Vaccination in Bombay 1913-1923 - 1913-1923
Year: 1913
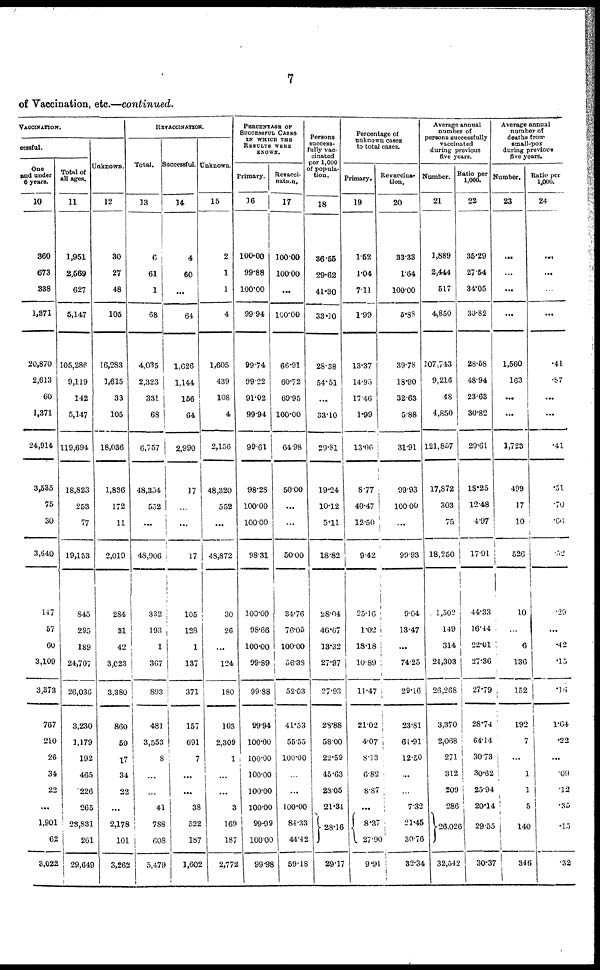
7
of Vaccination, etc.—continued.
VACCINATION.
cessful.
One
and under
6 years.
10
360
673
338
1,371
20,870
2,613
60
1,371
24,914
3,535
75
30
3,640
147
57
60
3,109
3,373
767
210
26
34
22
...
1,901
62
3,022
Total of
all ages.
11
1,951
2,569
627
5,147
105,286
9,119
142
5,147
119,694
18,823
253
77
19,153
845
295
189
24,707
26,036
3,230
1,179
192
465
226
265
23,831
261
29,649
Unknown.
12
30
27
48
105
16,283
1,615
33
105
18,036
1,836
172
11
2,019
284
31
42
3,023
3,380
860
50
17
34
22
...
2,178
101
3,262
REVACCINATION.
Total.
13
6
61
1
68
4,035
2,323
331
68
6,757
48,354
552
...
48,906
332
193
1
367
893
481
3,553
8
...
...
41
788
608
5,479
Successful.
14
4
60
...
64
1,626
1,144
156
64
2,990
17
...
...
17
105
128
1
137
371
157
691
7
...
...
38
522
187
1,602
Unknown.
15
2
1
1
4
1,605
439
108
4
2,156
48,320
552
...
48,872
30
26
...
124
180
103
2,309
1
...
...
3
169
187
2,772
PERCENTAGE OF
SUCCESSFUL CASES
IN WHICH THE
RESULTS WERE
KNOWN.
Primary.
16
100.00
99.88
100.00
99.94
99.74
99.22
91.02
99.94
99.61
98.28
100.00
100.00
98.31
100.00
98·66
100.00
99.89
99.88
99.94
100.00
100.00
100.00
100.00
100.00
99.99
100.00
99.98
Revacci-
nation.
17
100.00
100.00
...
100.00
66.91
60.72
69.95
100.00
64.98
50.00
...
...
50.00
34.76
76.05
100.00
56.38
52.03
41.53
55.55
100.00
...
...
100.00
84.33
44.42
59.18
Persons.
success-
fully vac-
cinated
per 1,000
of popula-
tion.
18
36.55
29.62
41.30
33.10
28.38
54.51
...
33.10
29.81
19.24
10.12
5.11
18.82
28.04
46.67
13.32
27.97
27.93
28.88
58.00
22.59
45.63
28.05
21.34
28.16
29.17
Percentage of
unknown cases
to total cases.
Primary.
19
1.52
1.04
7.11
1.99
13.37
14.95
17.46
1.99
13.06
8.77
40.47
12.50
9.42
25.16
1.02
18.18
10.89
11.47
21.02
4.07
8.13
6.82
8.87
...
8.37
27.90
9·91
Revaccina-
tion.
20
33.33
1.64
100.00
5.88
39.78
18.90
32.63
5.88
31.91
99.93
100.00
...
99.93
9.04
13.47
...
74.25
29.16
23.81
61.91
12.50
...
...
7.32
21.45
30.76
32.34
Average annual
number of
persons successfully
vaccinated
during previous
five years.
Number.
21
1,889
2,444
517
4,850
107,743
9,216
48
4,850
121,857
17,872
303
75
18,250
1,502
149
314
24,303
26,268
3,370
2,068
271
312
209
286
26,026
32,542
Ratio per
1,000.
22
35.29
27.54
34.05
30.82
28.58
48.94
23.63
30.82
29.61
18.25
12.48
4.97
17.91
44.33
16.44
22.01
27.36
27.79
28.74
64.14
30.73
30.62
25.94
20.14
29.55
30·37
Average annual
number of
deaths from
small-pox
during previous
five years.
Number.
23
...
...
...
...
1,560
163
...
...
1,723
499
17
10
526
10
...
6
136
152
192
7
...
1
1
5
140
346
Ratio per
1,000.
24
...
...
...
...
.41
.87
...
...
.41
.51
.70
.66
.52
.29
...
.42
.15
.16
1.64
.22
...
.09
.12
.35
.15
.32